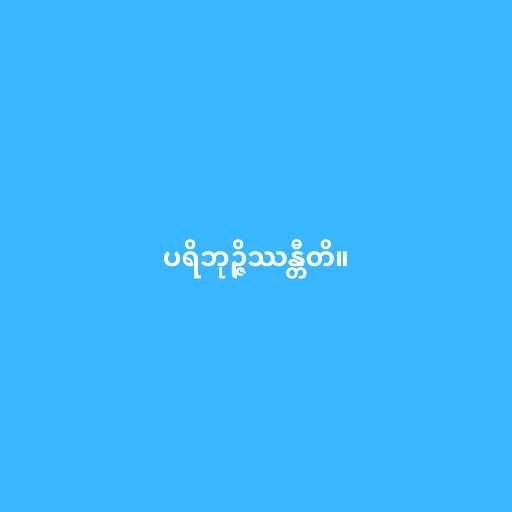
ပရိဘုဉ္ဇိဿန္တီတိ။